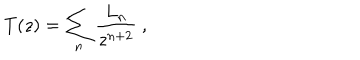
T ( z ) = \sum _ { n } { \frac { L _ { n } } { z ^ { n + 2 } } } \ ,